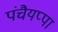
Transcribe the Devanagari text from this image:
पंचैयप्पा